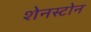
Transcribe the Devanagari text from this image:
शेनस्टोन